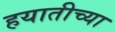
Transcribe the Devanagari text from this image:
हयातीच्या